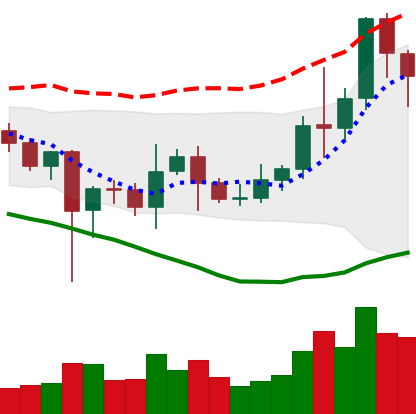
Ticker: LINK-USD
Chart end date: 2021-01-08
Forward return: 4.199%
Label: up_3_5